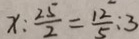
x : \frac { 2 5 } { 2 } = \frac { 1 2 } { 5 } : 3